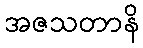
အဇသတာနိ